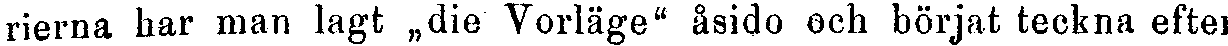
rierna har man lagt „die Vorläge" åsido och börjat teckna efter